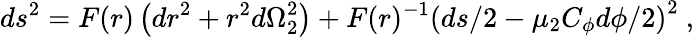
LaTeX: ds^{2}=F(r)\left({dr}^{2}+r^{2}{d\Omega}_{2}^{2}\right)+F(r)^{-1}\left({ds}/2-\mu_{2}C_{\phi}{d\phi}/2\right)^{2}\ ,